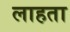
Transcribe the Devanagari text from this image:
लाहता